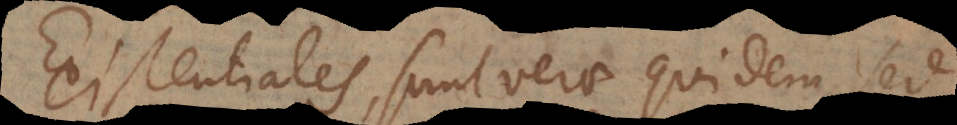
Existentiales, sunt verae quidem, sed